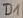
Text: D1